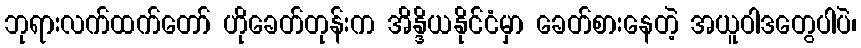
ဘုရားလက်ထက်တော် ဟိုခေတ်တုန်းက အိန္ဒိယနိုင်ငံမှာ ခေတ်စားနေတဲ့ အယူဝါဒတွေပါပဲ၊